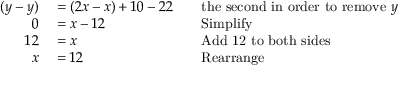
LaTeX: \begin{array} { r l r l } { ( y - y ) } & { { } = ( 2 x - x ) + 1 0 - 2 2 } & { } & { { } { \mathrm { t h e ~ s e c o n d ~ i n ~ o r d e r ~ t o ~ r e m o v e ~ } } y } \\ { 0 } & { { } = x - 1 2 } & { } & { { } { \mathrm { S i m p l i f y } } } \\ { 1 2 } & { { } = x } & { } & { { } { \mathrm { A d d ~ 1 2 ~ t o ~ b o t h ~ s i d e s } } } \\ { x } & { { } = 1 2 } & { } & { { } { \mathrm { R e a r r a n g e } } } \end{array}